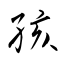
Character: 孩